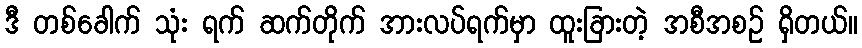
ဒီ တစ်ခေါက် သုံး ရက် ဆက်တိုက် အားလပ်ရက်မှာ ထူးခြားတဲ့ အစီအစဉ် ရှိတယ်။